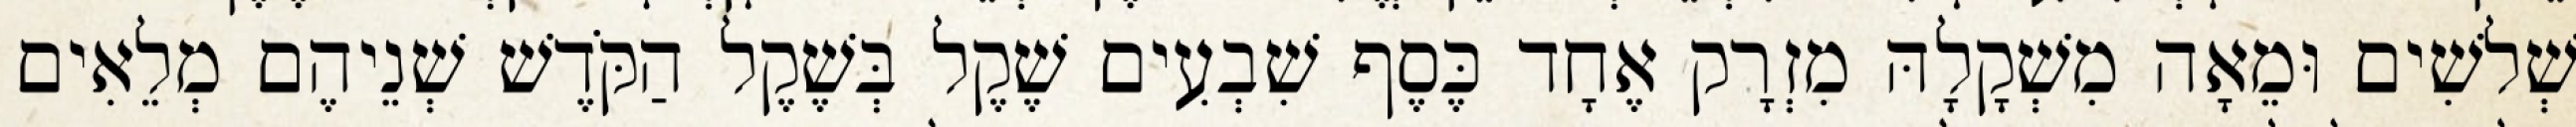
שְׁלשִׁים וּמֵאָה מִשְׁקָלָהּ מִזְרָק אֶחָד כֶּסֶף שִׁבְעִים שֶׁקֶל בְּשֶׁקֶל הַקֹּדֶשׁ שְׁנֵיהֶם מְלֵאִים